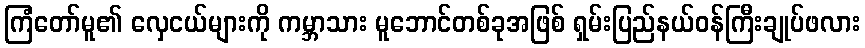
ကြံတော်မူ၏ လှေငယ်များကို ကမ္ဘာသား မူဘောင်တစ်ခုအဖြစ် ရှမ်းပြည်နယ်ဝန်ကြီးချုပ်ဖလား